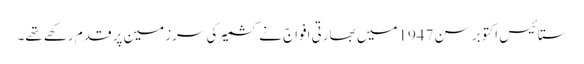
ستائیس اکتوبر سن 1947میں بھارتی افواج نے کشمیر کی سرزمین پر قدم رکھے تھے۔